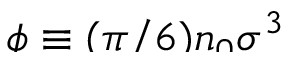
\smash { \phi \equiv ( \pi / 6 ) n _ { 0 } \sigma ^ { 3 } }